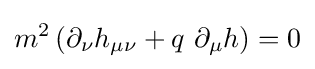
m^{2}\left(\partial _{\nu }h_{\mu \nu }+q\ \partial _{\mu }h\right)=0